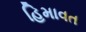
હિમાવત